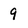
Character: 9